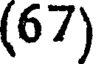
(67)